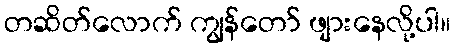
တဆိတ်လောက် ကျွန်တော် ဖျားနေလို့ပါ။